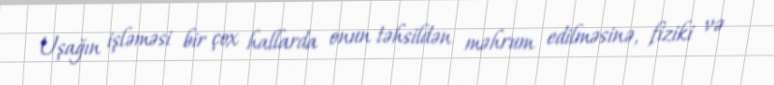
Uşağın işləməsi bir çox hallarda onun təhsildən məhrum edilməsinə, fiziki və